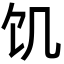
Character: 饥